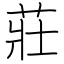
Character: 莊